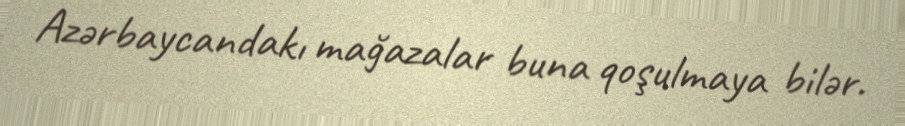
Azərbaycandakı mağazalar buna qoşulmaya bilər.